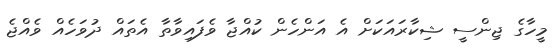
މީހާގެ ޖިންސީ ޝިކާރައަކަށް އެ އަންހެން ކުއްޖާ ވެފައިވާތާ އެތައް ދުވަހެއް ވެއްޖެ